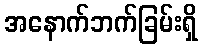
အနောက်ဘက်ခြမ်းရှိ